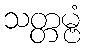
သတ္တမ္ဗံ